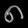
Digit: ၈